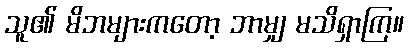
သူ၏ မိဘများကတော့ ဘာမျှ မသိရှာကြ။